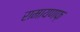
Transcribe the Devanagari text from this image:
रामायणफ़